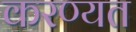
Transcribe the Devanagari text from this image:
करण्यत